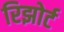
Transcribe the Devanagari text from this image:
रिझोर्ट